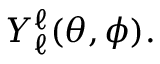
Y _ { \ell } ^ { \ell } ( \theta , \phi ) .